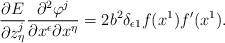
LaTeX: \begin{align*}\frac{\partial E}{\partial z^j_{\eta}}\frac{\partial^2\varphi^j} {\partial x^{\epsilon}\partial x^{\eta}}= 2b^2\delta_{\epsilon 1}f(x^1)f'(x^1).\end{align*}